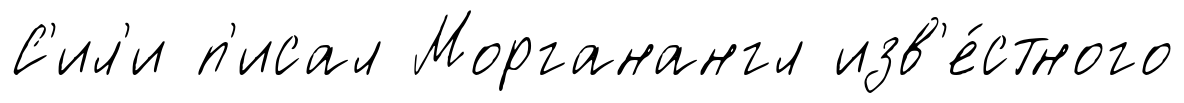
С'ил'и п'исал Морганангл изв'е́стного